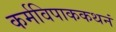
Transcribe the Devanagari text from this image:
कर्मविपाककथनं